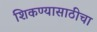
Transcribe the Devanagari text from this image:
शिकण्यासाठीचा